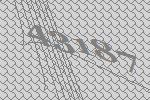
43187